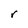
Character: r